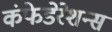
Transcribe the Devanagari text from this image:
कंफेडेरेशन्स